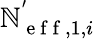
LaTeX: \mathbb{N}_{\mathrm{{~e~f~f~}},1,i}^{'}